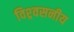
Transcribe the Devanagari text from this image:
विश्र्वसनीय